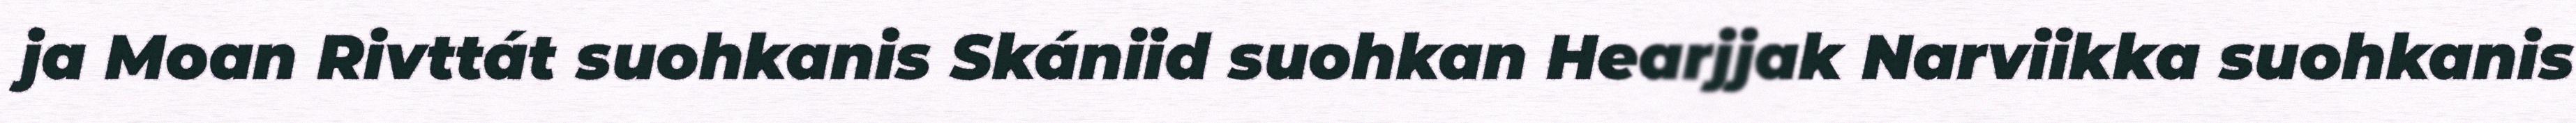
ja Moan Rivttát suohkanis Skániid suohkan Hearjjak Narviikka suohkanis